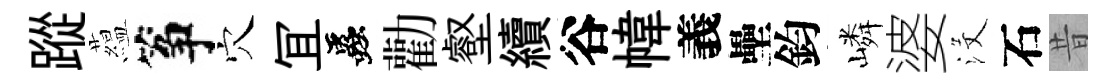
蹤藴筝穴冝蟲勸壑續谷幃義壘鈞嶙婆沒石昔